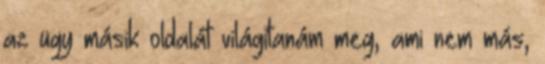
az ügy másik oldalát világítanám meg, ami nem más,